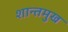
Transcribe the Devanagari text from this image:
शान्तमुख